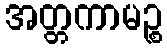
အတ္တကာမဉ္စ